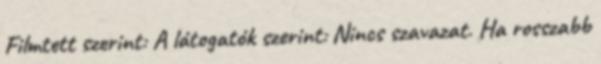
Filmtett szerint: A látogatók szerint: Nincs szavazat. Ha rosszabb